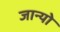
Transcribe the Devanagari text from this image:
जान्यो